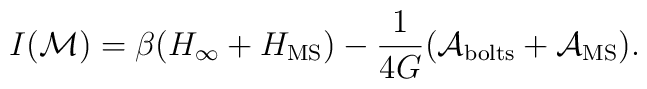
I({\cal M}) = \beta (H_{\infty}+H_{\rm MS})         -\frac{1}{4 G}({\cal A}_{\rm bolts}+{\cal A}_{\rm MS}).